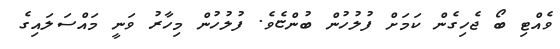
ވެއްޓި ބޯ ޖެހިގެން ކަމަށް ފުލުހުން ބުންޏެވެ. ފުލުހުން މިހާރު ވަނީ މައްސަލައިގެ